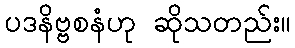
ပဒနိဗ္ဗစနံဟု ဆိုသတည်း။